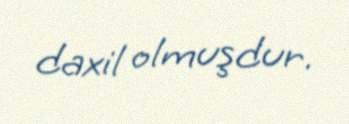
daxil olmuşdur.